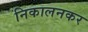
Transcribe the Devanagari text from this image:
निकालनकर